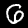
Digit: 6